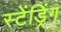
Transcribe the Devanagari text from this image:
स्टेंड्रिंग